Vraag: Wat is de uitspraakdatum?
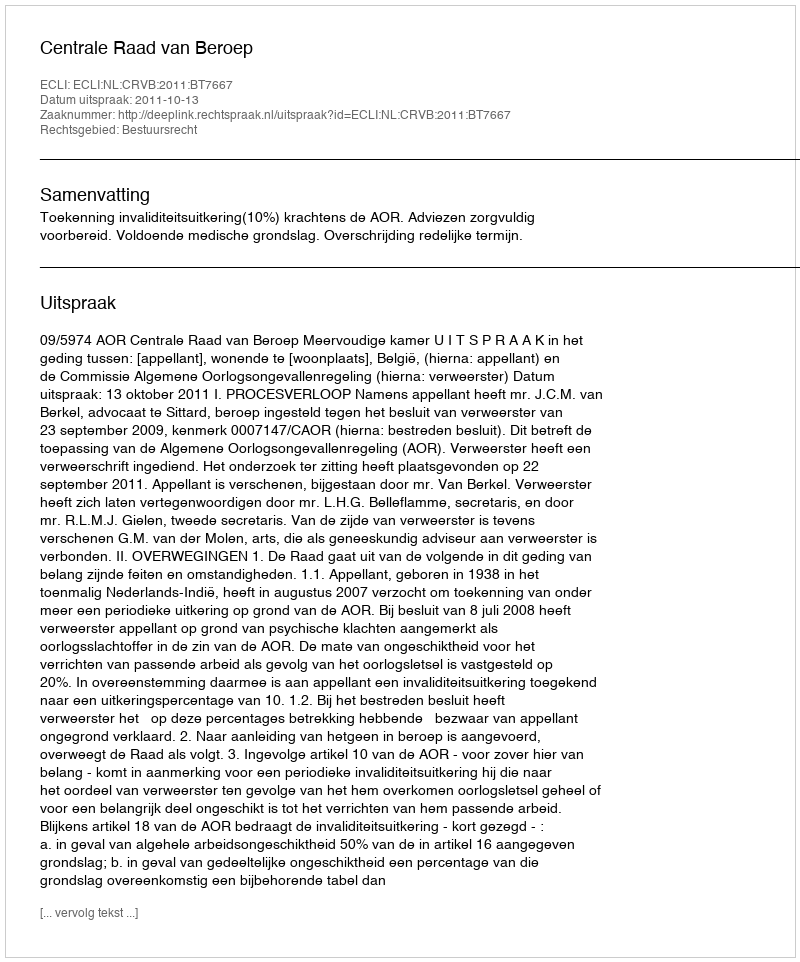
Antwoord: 2011-10-13